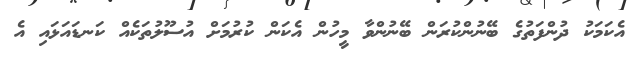
އެކަމަކު ދުންފަތުގެ ބޭނުންކުރަން ބޭނުންވާ މީހުން އެކަން ކުރުމަށް އުސޫލުތަކެއް ކަނޑައަޅައި އެ